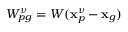
W _ { p g } ^ { \nu } = W ( \mathbf { x } _ { p } ^ { \nu } - \mathbf { x } _ { g } )